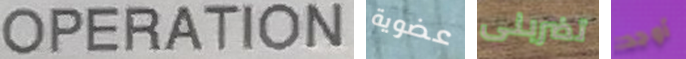
OPERATION عضوية تضربنى أوجد